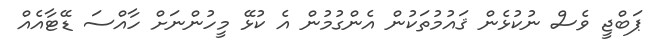
ޕަބްޖީ ވެސް ނުކުޅެން ޤައުމުތަކުން އެންގުމުން އެ ކުޅޭ މީހުންނަށް ހާއްސަ ޑޭޓާއެއް